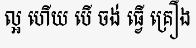
ល្អ ហើយ បើ ចង់ ធ្វើ គ្រឿង